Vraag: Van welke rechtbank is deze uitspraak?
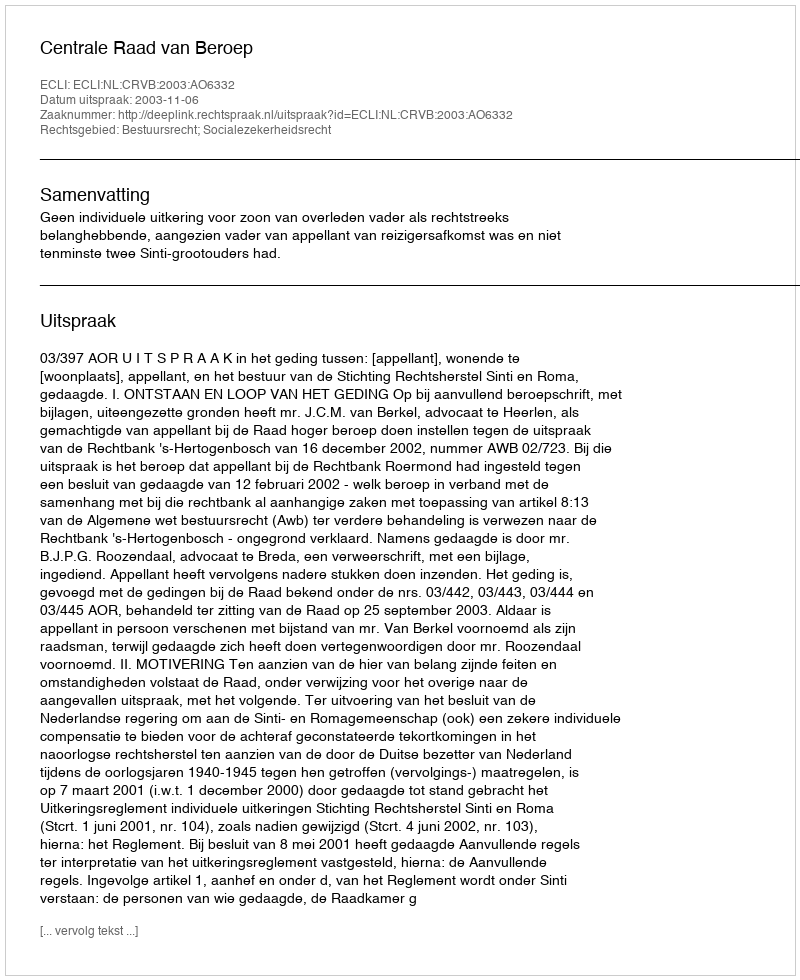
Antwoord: Centrale Raad van Beroep